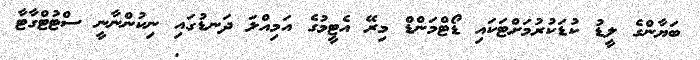
ބަޔާންގެ ލީޑު ކުޑަކުރުމަށްޓަކައި ޑޯޓްމަންޑް މިރޭ އެޓީމުގެ އަމިއްލަ ދަނޑުގައި ނިކުންނާނީ ސްޓުޓްގާޓާ